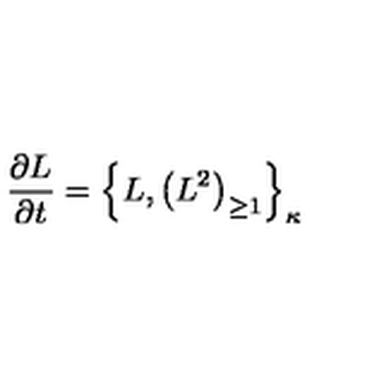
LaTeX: { \frac { \partial L } { \partial t } } = \left\{ L , \left( L ^ { 2 } \right) _ { \geq 1 } \right\} _ { \kappa }